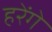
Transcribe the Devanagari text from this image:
हरेंगे